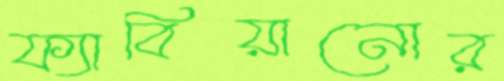
ফ্যাবিয়ানোর